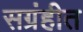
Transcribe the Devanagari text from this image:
सग्रंहीत